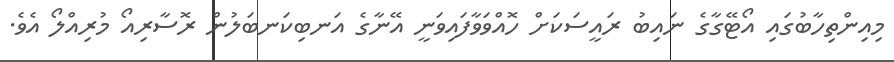
މިއިންތިހާބުގައި އޯޓޭގާގެ ނައިބު ރައީސަކަށް ހޮއްވަވާފައިވަނީ އޭނާގެ އަނބިކަނބަލުން ރޮސާރިއޯ މުރިއްލޯ އެވެ.